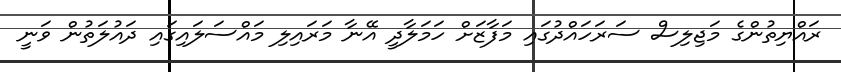
ރައްޔިތުންގެ މަޖިލިސް ސަރަހައްދުގައި މަފާޒަށް ހަމަލާދީ އޭނާ މަރައިލި މައްސަލައިގައި ދައުލަތުން ވަނީ